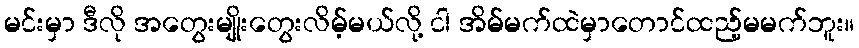
မင်းမှာ ဒီလို အတွေးမျိုးတွေးလိမ့်မယ်လို့ ငါ အိမ်မက်ထဲမှာတောင်ထည့်မမက်ဘူး။